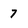
Character: 7